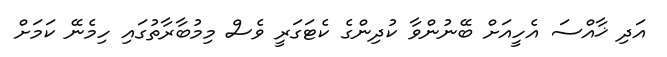
އަދި ޚާއްސަ އެހީއަށް ބޭނުންވާ ކުދިންގެ ކެޓަގަރީ ވެސް މިމުބާރާތުގައި ހިމެނޭ ކަމަށް